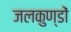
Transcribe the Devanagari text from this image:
जलकुण्डों